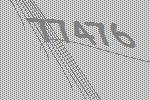
77476